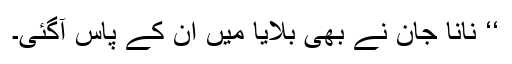
‘‘ نانا جان نے بھی بلایا میں ان کے پاس آگئی۔